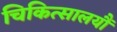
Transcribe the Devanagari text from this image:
चिकित्सालयौं